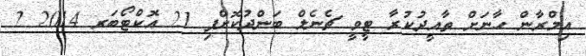
އިމްރާން ހާނަށް ތާއީދުކުރާ ޓީވީ ޗެނެލް ބަންދުކޮށްފި 21 އޮކްޓޯބަރ 2014 2